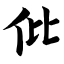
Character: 仳